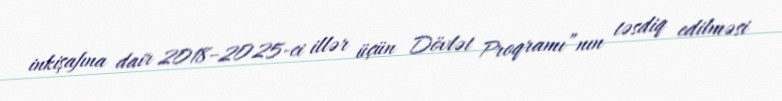
inkişafına dair 2018–2025-ci illər üçün Dövlət Proqramı”nın təsdiq edilməsi